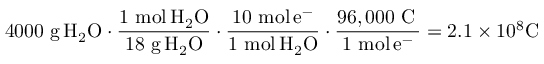
4 0 0 0 \ { \mathrm { g } } \, \mathrm { { { H } _ { 2 } \mathrm { { { O } \cdot { \frac { 1 \ { \mathrm { m o l } } \, \mathrm { { { H } _ { 2 } \mathrm { { O } } } } } { 1 8 \ { \mathrm { g } } \, H _ { 2 } O } } \cdot { \frac { 1 0 \ { \mathrm { m o l } } \, e ^ { - } } { 1 \ { \mathrm { m o l } } \, H _ { 2 } O } } \cdot { \frac { 9 6 , 0 0 0 \ { \mathrm { C } } \, } { 1 \ { \mathrm { m o l } } \, e ^ { - } } } = 2 . 1 \times 1 0 ^ { 8 } C \ \, \ } } } }